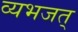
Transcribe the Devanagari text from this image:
व्यभजत्